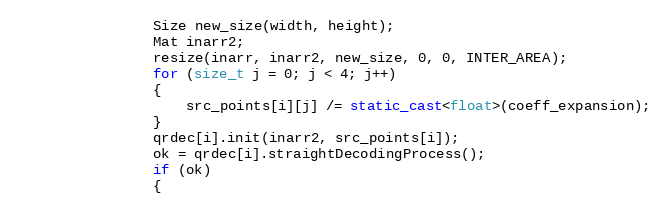
Language: C++
                Size new_size(width, height);
                Mat inarr2;
                resize(inarr, inarr2, new_size, 0, 0, INTER_AREA);
                for (size_t j = 0; j < 4; j++)
                {
                    src_points[i][j] /= static_cast<float>(coeff_expansion);
                }
                qrdec[i].init(inarr2, src_points[i]);
                ok = qrdec[i].straightDecodingProcess();
                if (ok)
                {